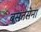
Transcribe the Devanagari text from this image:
बसंतसेना